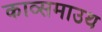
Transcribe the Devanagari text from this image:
काव्समाउथ